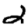
Digit: 2